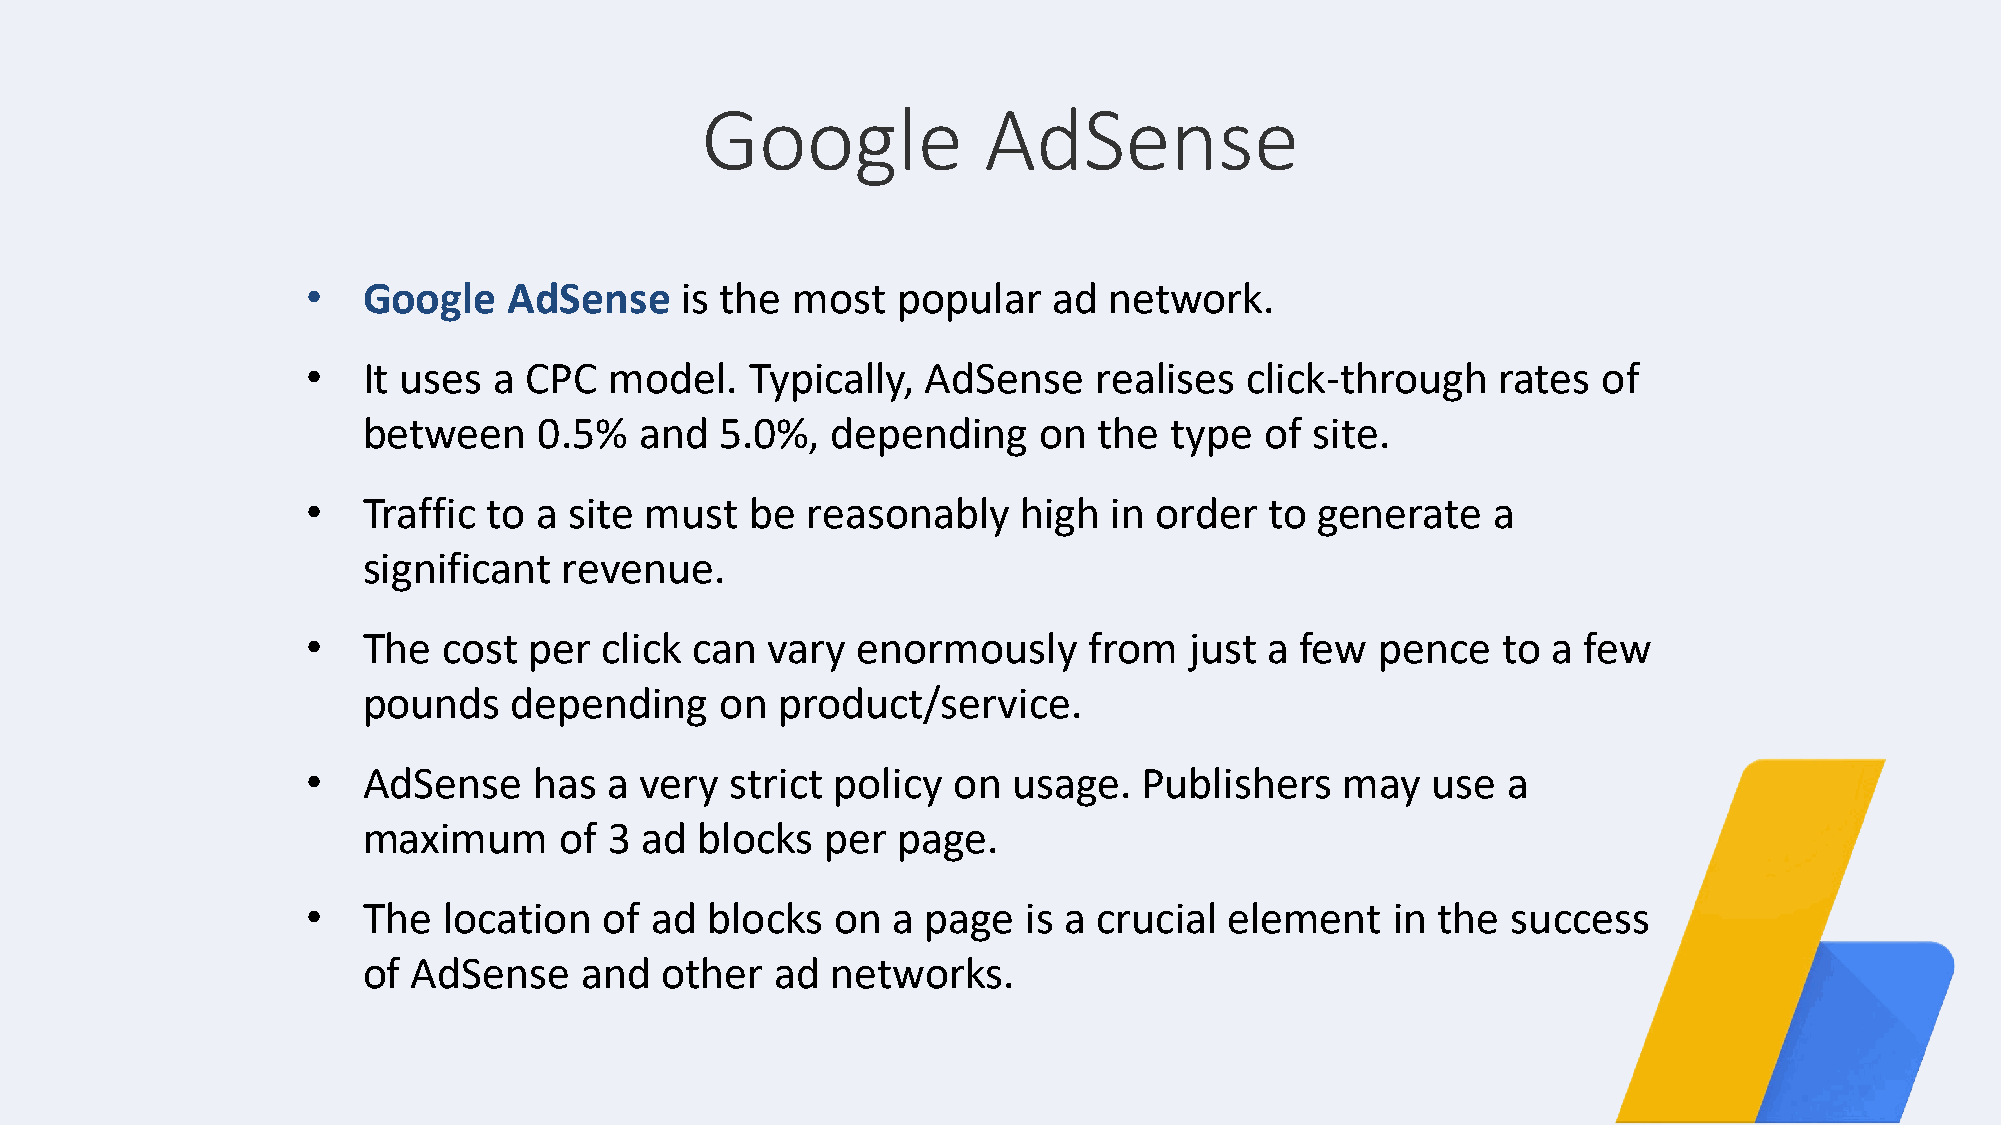
Google             AdSense
 •   Google    AdSense    is the most   popular    ad network.
 •   It uses  a CPC  model.    Typically, AdSense    realises  click-through    rates  of
 between     0.5%  and   5.0%,  depending     on  the type   of site.
 •   Traffic to a  site must   be reasonably     high in order   to generate    a
 significant  revenue.
 •   The  cost  per  click can  vary  enormously     from   just a few  pence   to  a few
 pounds    depending     on product/service.
 •   AdSense    has  a very  strict policy  on  usage.   Publishers   may   use  a
 maximum      of 3 ad  blocks   per page.
 •   The  location   of ad  blocks  on  a page   is a crucial element    in the  success
 of AdSense    and   other  ad  networks.